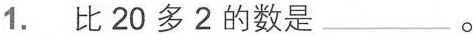
1. 比20多2的数是___。